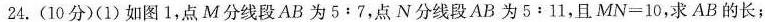
24.(10分)(1)如图1，点M分线段AB为$$5﹔7$$，点N分线段AB为$$5:11$$，且$$MN=10$$，求AB的长；